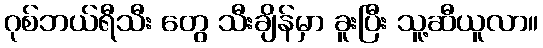
ဂုစ်ဘယ်ရီသီး တွေ သီးချိန်မှာ ခူးပြီး သူ့ဆီယူလာ။